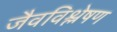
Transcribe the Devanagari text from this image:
जैवविश्लेषण